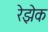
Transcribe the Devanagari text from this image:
रेझेक